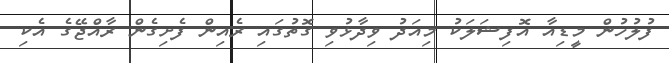
ފުލުހުން މީޑިއާ އޮފިޝަލަކު މިއަދު ވިދާޅުވި ގޮތުގައި ރެއިން ފެށިގެން ރާއްޖޭގެ އެކި